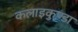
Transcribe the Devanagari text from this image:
कलाइकुण्डा